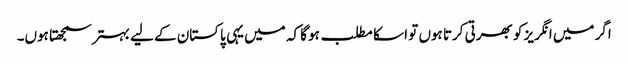
اگر میں انگریز کو بھرتی کرتا ہوں تو ا سکا مطلب ہو گا کہ میں یہی پاکستان کے لیے بہتر سمجھتا ہوں۔